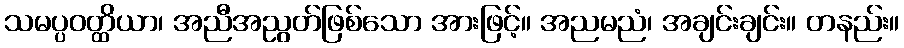
သမပ္ပဝတ္ထိယာ၊ အညီအညွတ်ဖြစ်သော အားဖြင့်။ အညမညံ၊ အချင်းချင်း။ တနည်း။